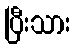
ပြီးသား